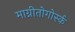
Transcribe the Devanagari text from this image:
माग्नीतोगोर्स्क